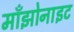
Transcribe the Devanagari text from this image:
माँझोनाइट